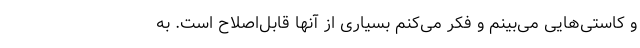
و کاستی‌هایی می‌بینم و فکر می‌کنم بسیاری از آنها قابل‌اصلاح است. به